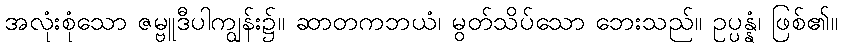
အလုံးစုံသော ဇမ္ဗူဒီပါကျွန်း၌။ ဆာတကဘယံ၊ မွတ်သိပ်သော ဘေးသည်။ ဥပ္ပန္နံ၊ ဖြစ်၏။